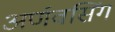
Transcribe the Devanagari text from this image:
अर्णवसिंग